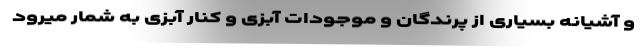
و آشیانه بسیاری از پرندگان و موجودات آبزی و کنار آبزی به شمار میرود